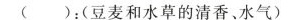
()：(豆麦和水草的清香、水气)